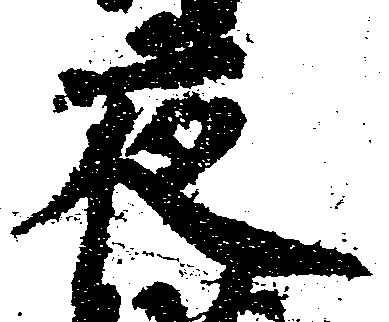
夜